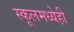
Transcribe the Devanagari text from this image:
स्कूलमध्येही